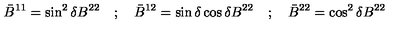
{ \bar { B } } ^ { 1 1 } = \sin ^ { 2 } \delta B ^ { 2 2 } \quad ; \quad { \bar { B } } ^ { 1 2 } = \sin \delta \cos \delta B ^ { 2 2 } \quad ; \quad { \bar { B } } ^ { 2 2 } = \cos ^ { 2 } \delta B ^ { 2 2 }